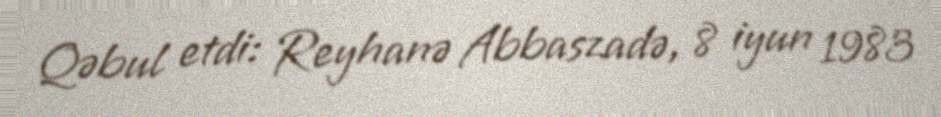
Qəbul etdi: Reyhanə Abbaszadə, 8 iyun 1983